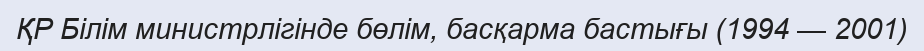
ҚР Білім министрлігінде бөлім, басқарма бастығы (1994 — 2001)